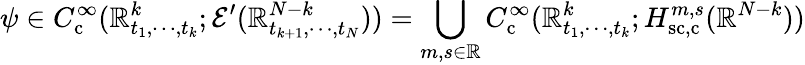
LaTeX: \psi\in C_{\mathrm{c}}^{\infty}(\mathbb{R}_{t_{1},\cdots,t_{k}}^{k};\mathcal{E}^{\prime}(\mathbb{R}_{t_{k+1},\cdots,t_{N}}^{N-k}))=\bigcup_{m,s\in\mathbb{R}}C_{\mathrm{c}}^{\infty}(\mathbb{R}_{t_{1},\cdots,t_{k}}^{k};H_{\mathrm{sc,c}}^{m,s}(\mathbb{R}^{N-k}))